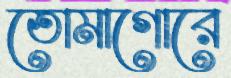
তোমাগোরে